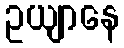
ဥယျာနေ